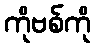
ကိုဗစ်ကို